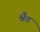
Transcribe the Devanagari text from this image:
श्वैत